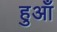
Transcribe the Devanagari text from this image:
हुआँ